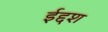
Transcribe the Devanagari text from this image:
ईद्दश